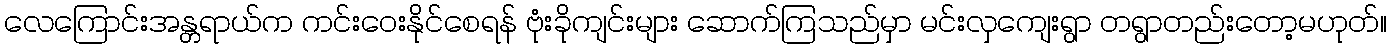
လေကြောင်းအန္တရာယ်က ကင်းဝေးနိုင်စေရန် ဗုံးခိုကျင်းများ ဆောက်ကြသည်မှာ မင်းလှကျေးရွာ တရွာတည်းတော့မဟုတ်။